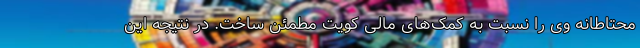
محتاطانه وی را نسبت به کمک‌های مالی کویت مطمئن ساخت. در نتیجه این